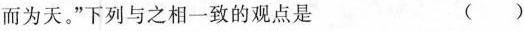
而为天。”下列与之相一致的观点是 ( )